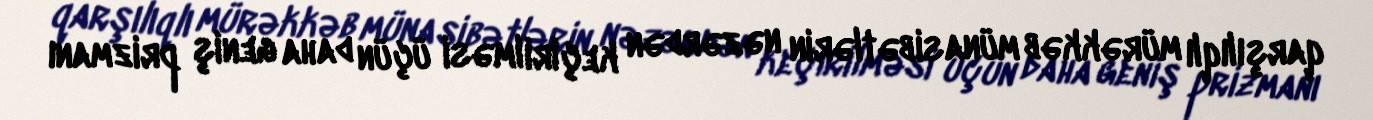
qarşılıqlı mürəkkəb münasibətlərin nəzərdən keçirilməsi üçün daha geniş prizmanı